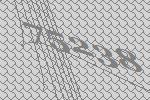
75238